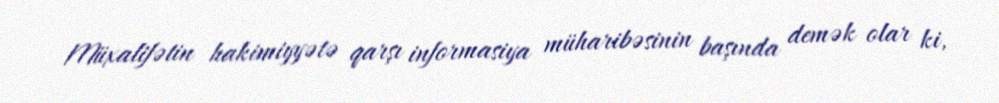
Müxalifətin hakimiyyətə qarşı informasiya müharibəsinin başında demək olar ki,